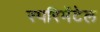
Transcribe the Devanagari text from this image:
स्परिमेंटेल